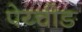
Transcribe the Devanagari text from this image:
पेय्चीङ